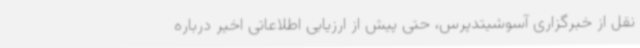
نقل از خبرگزاری آسوشیتدپرس، حتی پیش از ارزیابی اطلاعاتی اخیر درباره